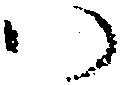
ハ